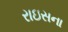
રાઇસના